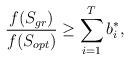
LaTeX: \begin{align*}\frac{f(S_{gr})}{f(S_{opt})} \ge \sum_{i=1}^T b^*_i, \end{align*}